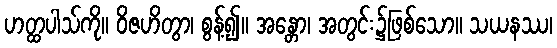
ဟတ္ထပါသ်ကို။ ဝိဇဟိတွာ၊ စွန့်၍။ အန္တော၊ အတွင်း၌ဖြစ်သော။ သယနဿ၊